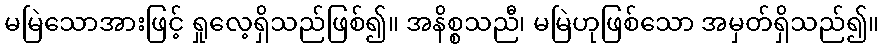
မမြဲသောအားဖြင့် ရှုလေ့ရှိသည်ဖြစ်၍။ အနိစ္စသညီ၊ မမြဲဟုဖြစ်သော အမှတ်ရှိသည်၍။